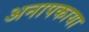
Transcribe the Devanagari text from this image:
अनापकाया